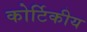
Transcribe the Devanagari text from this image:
कोर्टिकीय